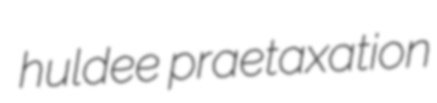
huldee praetaxation